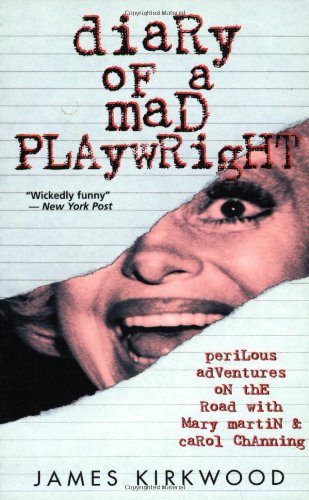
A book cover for Diary of a Mad Playwright: Perilous Adventures on the Road with Mary Martin and Carol Channing (Applause Books); James Kirkwood; Biographies & Memoirs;